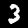
Label: 3